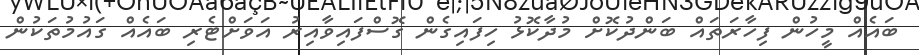
ބައެއް މީހުން ފިހާރަތައް ބަންދުކޮށް މުދާކޮޅު ހިފައިގެން ގޮސްފައިވާއިރު އަވަށްޓެރި ބައެއް ގައުމުތަކުން